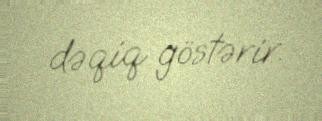
dəqiq göstərir.